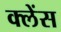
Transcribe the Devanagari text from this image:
क्लेंस